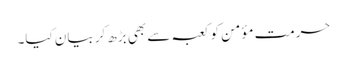
حرمت مؤمن کو کعبہ سے بھی بڑھ کر بیان کیا۔